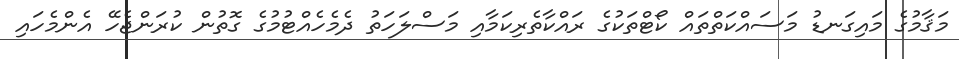
މަޤާމުގެ މައިގަނޑު މަސައްކަތްތައް ކޯޓްތަކުގެ ރައްކާތެރިކަމާއި މަސްލަހަތު ދެމެހެއްޓުމުގެ ގޮތުން ކުރަންޖެހޭ އެންމެހައި